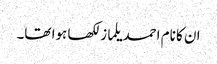
ان کا نام احمد یلماز لکھا ہوا تھا۔